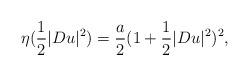
LaTeX: \begin{align*} \eta(\frac{1}{2}|Du|^2)=\frac{a}{2}(1+\frac{1}{2}|Du|^2)^2, \end{align*}